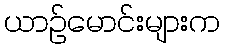
ယာဉ်မောင်းများက